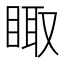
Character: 𰥫